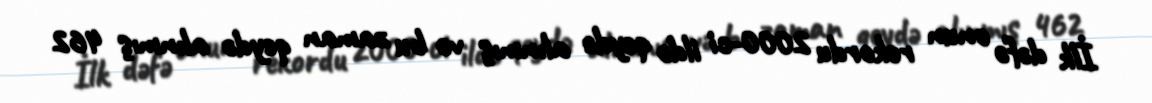
İlk dəfə onun rekordu 2000-ci ildə qeydə alınmış və bu zaman qeydə alınmış 462